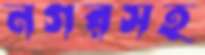
নগরসহ